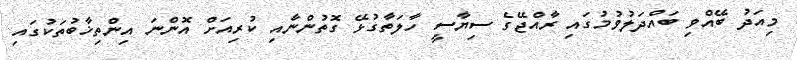
މިއަދު ބޭއްވި ބައްދަލުވުމުގައި ރާއްޖޭގެ ސިޔާސީ ހާލަތާގުޅޭ ގޮތުންނާއި ކުރިއަށް އޮންނަ އިންތިޚާބުތަކުގައި